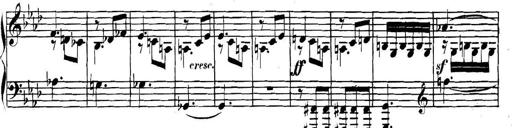
Title: Collected Piano Sonatas
Composer: Muzio Clementi